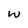
Character: w